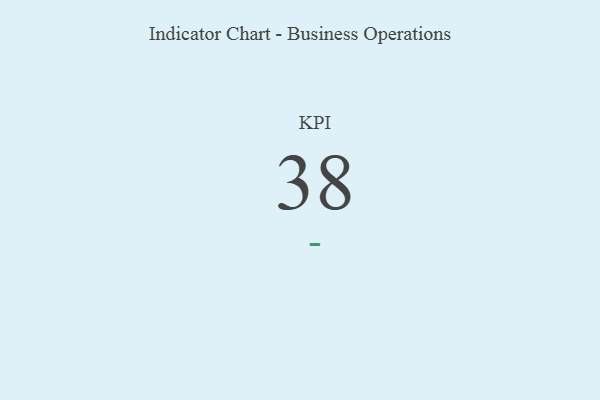
{"axis": {"x": "KPI", "y": "Value"}, "legend": [""], "data": [{"x": "KPI", "y": 38, "type": ""}]}